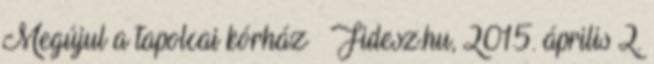
Megújul a tapolcai kórház – Fidesz.hu, 2015. április 2.